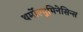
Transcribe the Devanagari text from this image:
थर्मोल्युमिनेसिन्स